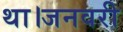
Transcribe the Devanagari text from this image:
था।जनवरी